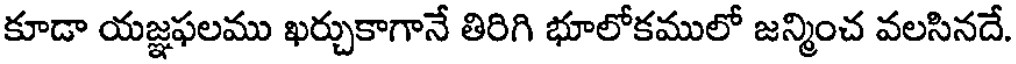
కూడా యజ్ఞఫలము ఖర్చుకాగానే తిరిగి భూలోకములో జన్మించ వలసినదే.